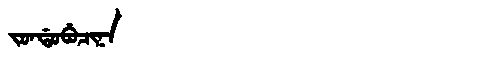
Manchu: ᠵᠣᠨᡩᠣᠪᡠᠴᡳᠨᠠ
Romanization: JONDOBUCINA